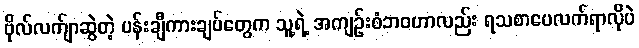
ဗိုလ်လက်ျာဆွဲတဲ့ ပန်းချီကားချပ်တွေက သူ့ရဲ့ အကျဉ်းစံဘဝဟာလည်း ရသစာပေလက်ရာလိုပဲ